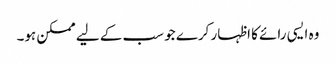
وہ ایسی رائے کا اظہار کرے جو سب کے لیے ممکن ہو۔